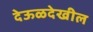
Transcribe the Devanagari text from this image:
देऊळदेखील